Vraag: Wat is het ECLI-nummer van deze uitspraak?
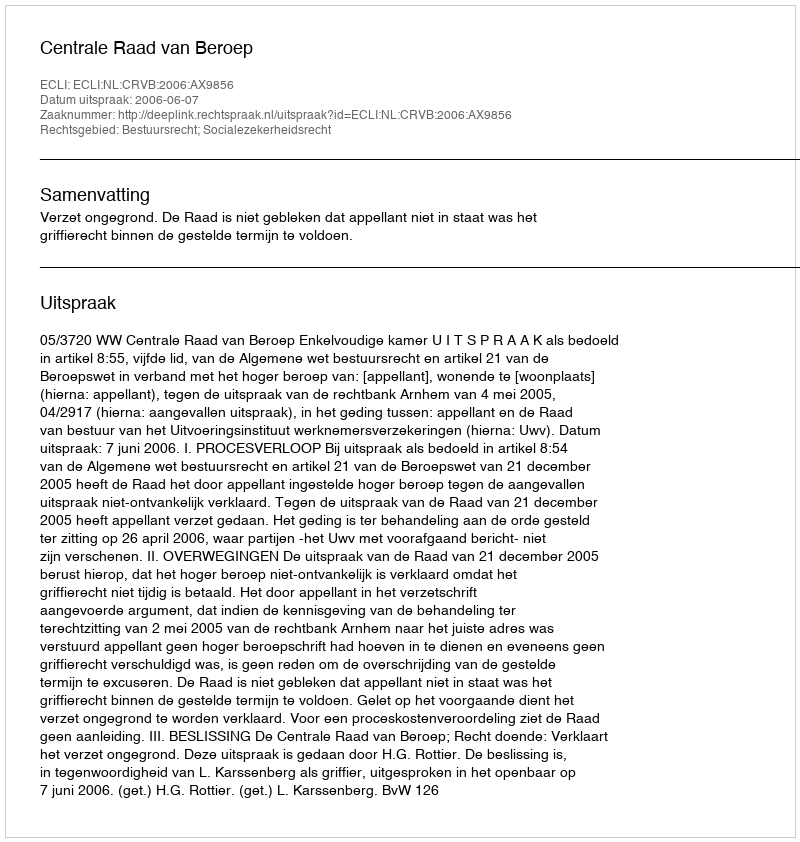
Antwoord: ECLI:NL:CRVB:2006:AX9856